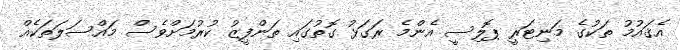
އެޤައުމު ތަކުގެ މަނިޓަރީ ޕޮލިސީ އެންމެ ރަގަޅު ގޮތުގައި ތަންފީޒު ކުރުމަށްވެސް މައްސަލަތަކެއް